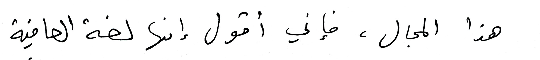
هذا المجال، فأني أقول إنها لغة العافية